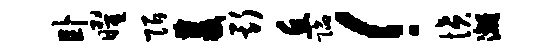
卧曜陌双斯丘陷！愤漓